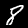
Digit: 8